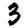
Digit: 3